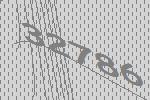
32786